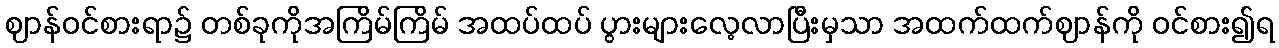
ဈာန်ဝင်စားရာ၌ တစ်ခုကိုအကြိမ်ကြိမ် အထပ်ထပ် ပွားများလေ့လာပြီးမှသာ အထက်ထက်ဈာန်ကို ဝင်စား၍ရ